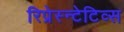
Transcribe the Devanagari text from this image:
रिप्रेस्न्टेटिव्स